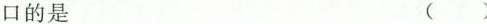
口的是 ( )